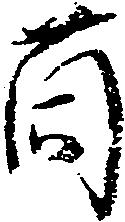
薗